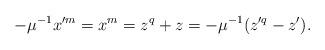
LaTeX: \begin{align*} -\mu^{-1}x'^m=x^m=z^q+z=-\mu^{-1}(z'^q-z').\end{align*}